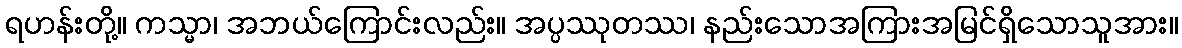
ရဟန်းတို့။ ကသ္မာ၊ အဘယ်ကြောင်းလည်း။ အပ္ပဿုတဿ၊ နည်းသောအကြားအမြင်ရှိသောသူအား။